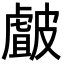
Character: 皻